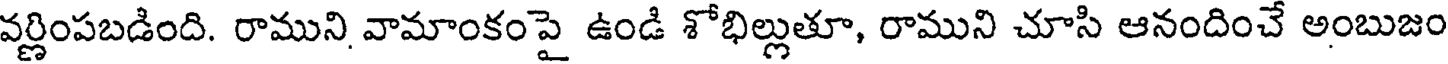
వర్ణింపబడింది. రాముని వామాంకంపై ఉండి శోభిల్లుతూ, రాముని చూసి ఆనందించే అంబుజం